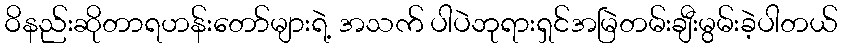
ဝိနည်းဆိုတာရဟန်းတော်များရဲ့ အသက် ပါပဲဘုရားရှင်အမြဲတမ်းချီးမွမ်းခဲ့ပါတယ်